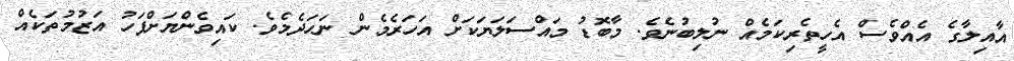
އާއިލާގެ އެއްވެސް އެހީތެރިކަމެއް ނުލިބުނެވެ. މާބޮޑު މައްސަލަޔަކަށް އަހަރެމެން ނަހަދެމެވެ. ކައިވެންޔަށްފަހު އަޒުމުތަކެއް